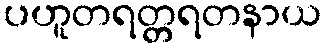
ပဟူတရတ္တရတနာယ